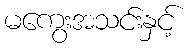
မကွေးအသင်းနှင့်